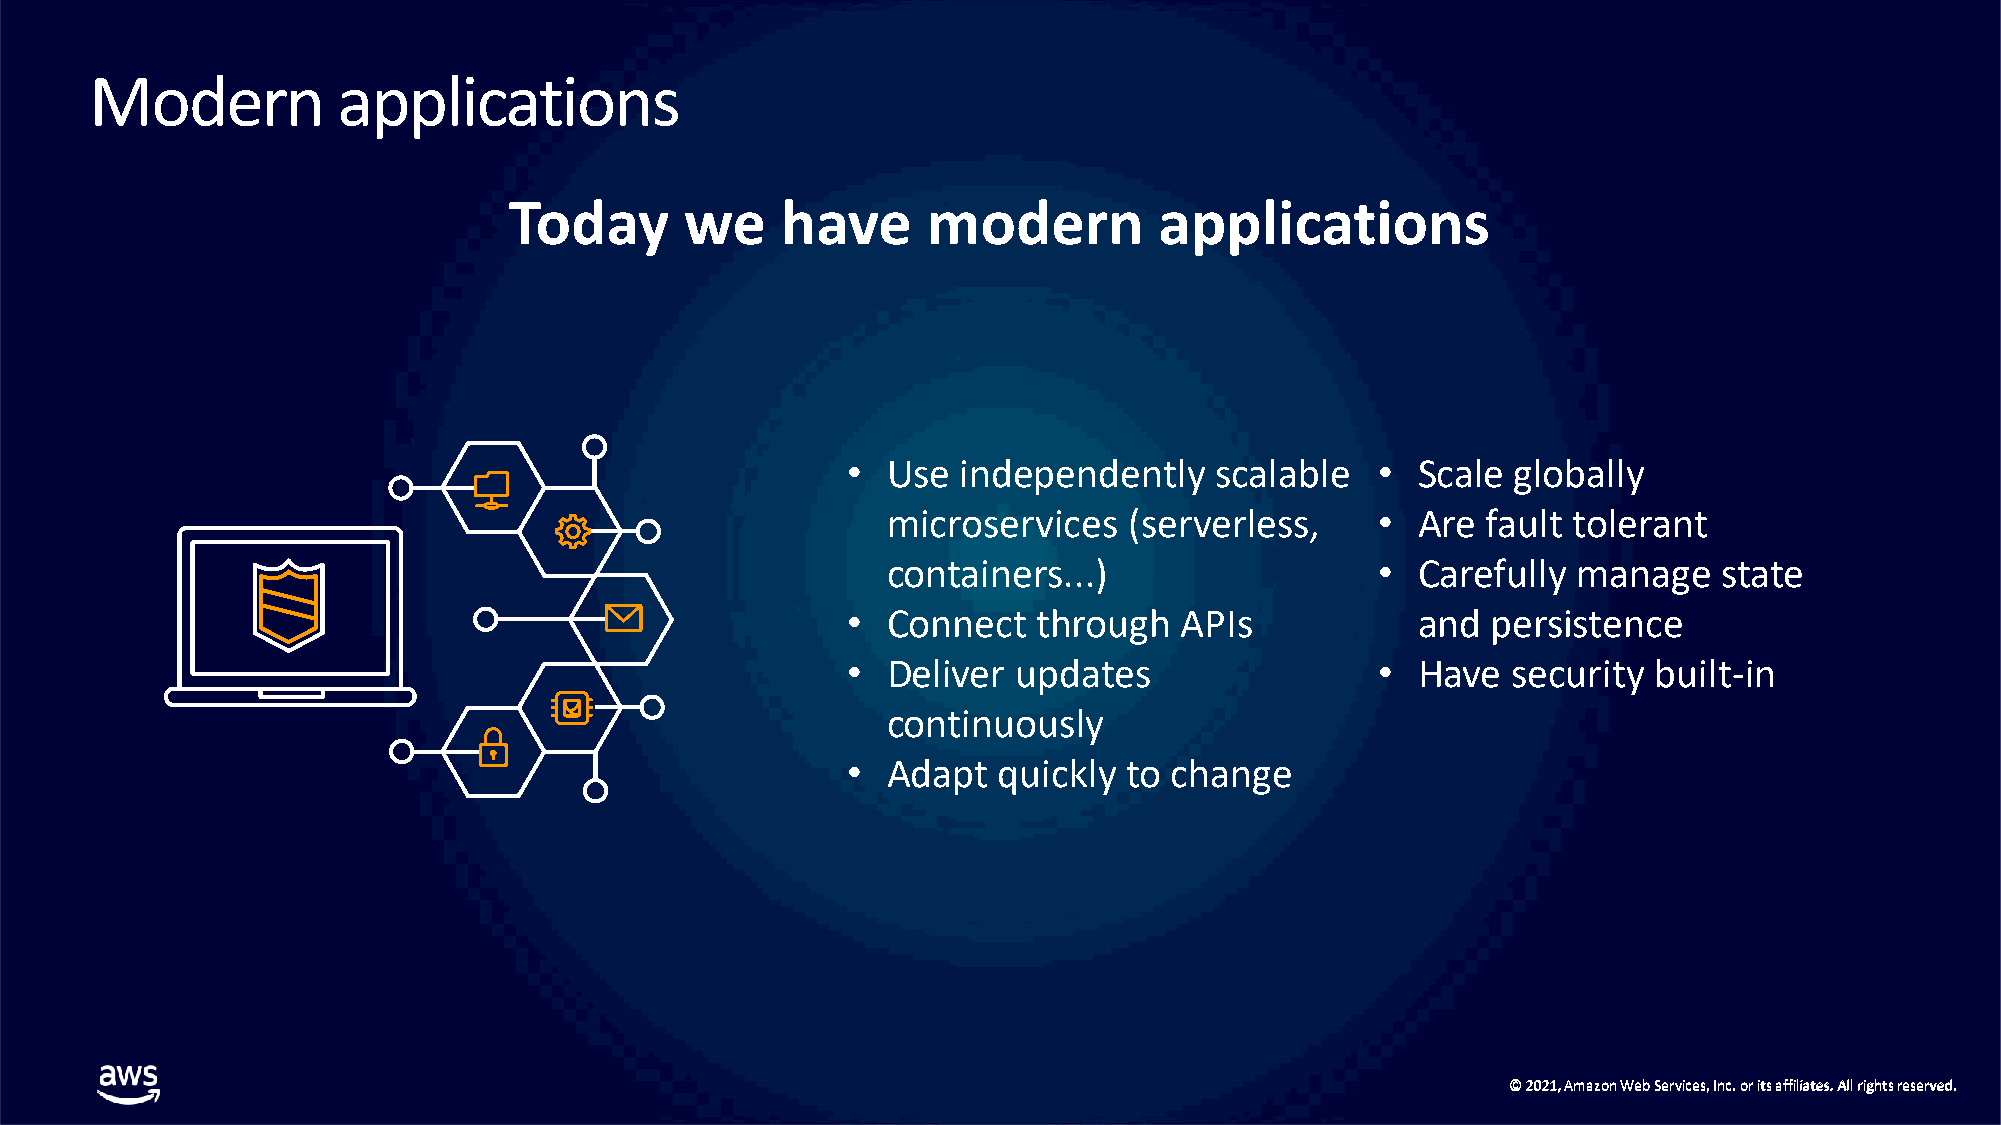
Modern          applications
 Today      we     have     modern          applications
 •  Use  independently   scalable   •  Scale globally
 microservices   (serverless,    •  Are fault tolerant
 containers...)                  •  Carefully manage    state
 •  Connect   through  APIs            and  persistence
 •  Deliver updates                 •  Have  security  built-in
 continuously
 •  Adapt  quickly  to change
 ©© 22002211,, AAmmaazzoonn WWeebb SSeerrvviicceess,, IInncc.. oorr iittss aaffffiilliiaatteess.. AAllll rriigghhttss rreesseerrvveedd..